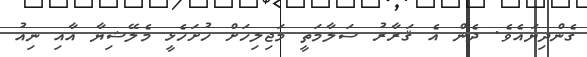
ގެންދިޔައެވެ. ދެން އެ ޤަރާރު ސަލާމަތީ މަޖިލިހަށް ހުށަހެޅީ މެލޭޝިޔާ އާއި ނިއު